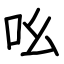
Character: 吆